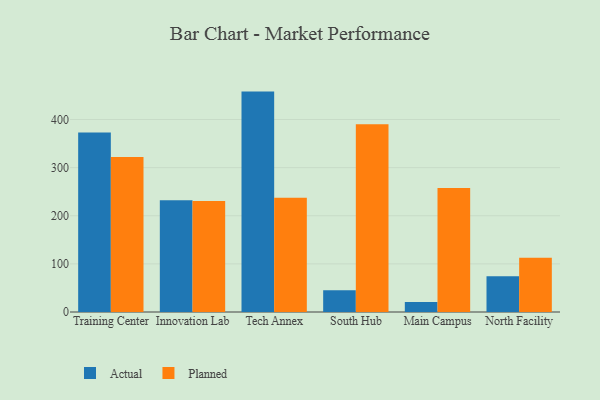
{"axis": {"x": "Campus", "y": "Operating Costs (USD K)"}, "legend": ["Actual", "Planned"], "data": [{"x": "Training Center", "y": 373.0, "type": "Actual"}, {"x": "Training Center", "y": 322.3, "type": "Planned"}, {"x": "Innovation Lab", "y": 232.3, "type": "Actual"}, {"x": "Innovation Lab", "y": 230.9, "type": "Planned"}, {"x": "Tech Annex", "y": 458.0, "type": "Actual"}, {"x": "Tech Annex", "y": 237.5, "type": "Planned"}, {"x": "South Hub", "y": 45.2, "type": "Actual"}, {"x": "South Hub", "y": 390.4, "type": "Planned"}, {"x": "Main Campus", "y": 20.9, "type": "Actual"}, {"x": "Main Campus", "y": 257.7, "type": "Planned"}, {"x": "North Facility", "y": 74.2, "type": "Actual"}, {"x": "North Facility", "y": 112.9, "type": "Planned"}]}